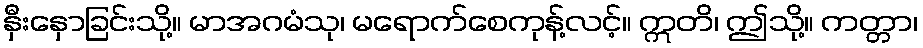
နှီးနှောခြင်းသို့။ မာအဂမံသု၊ မရောက်စေကုန့်လင့်။ ဣတိ၊ ဤသို့။ ကတ္တာ၊